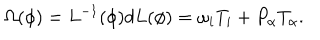
\Omega ( \phi ) = L ^ { - 1 } ( \phi ) d L ( \phi ) = \omega _ { i } T _ { i } + P _ { \alpha } T _ { \alpha } .